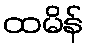
ထမိန်